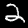
Label: 2